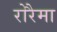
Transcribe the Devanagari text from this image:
रोरैमा